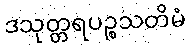
ဒသုတ္တရပဉ္စသတိမံ